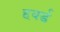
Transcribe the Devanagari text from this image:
हवर्ड